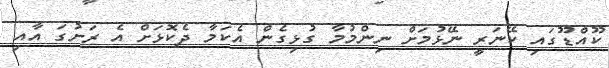
ކޫއްޑޫގައި ކޭނަރީ ނޭޅުމަށް ނިންމުމާ ގުޅިގެން އެކަމާ ދެކޮޅަށް އެ ރަށުގަ އާއި